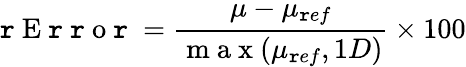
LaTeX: \mathtt{r}\mathrm{{~E~\mathtt{r}~\mathtt{r}~o~\mathtt{r}~}}=\frac{{\mu-\mu_{\mathtt{r}ef}}}{{\mathrm{{~m~a~x~}}(\mu_{\mathtt{r}ef},1D)}}\times100